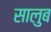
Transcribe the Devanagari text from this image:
सालुब